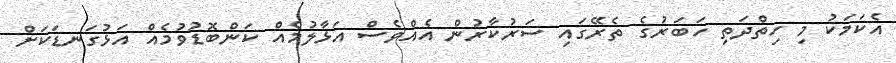
އެކަމަކު މި ހިތްދަތި ހަބަރުގެ ތެރޭގައި ސަރުކާރުން އެއްވެސް އަޅާލުމެއް ކަންބޮޑުވުމެއް އަޅުގަނޑަކަށް